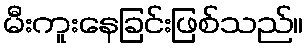
မီးကူးနေခြင်းဖြစ်သည်။